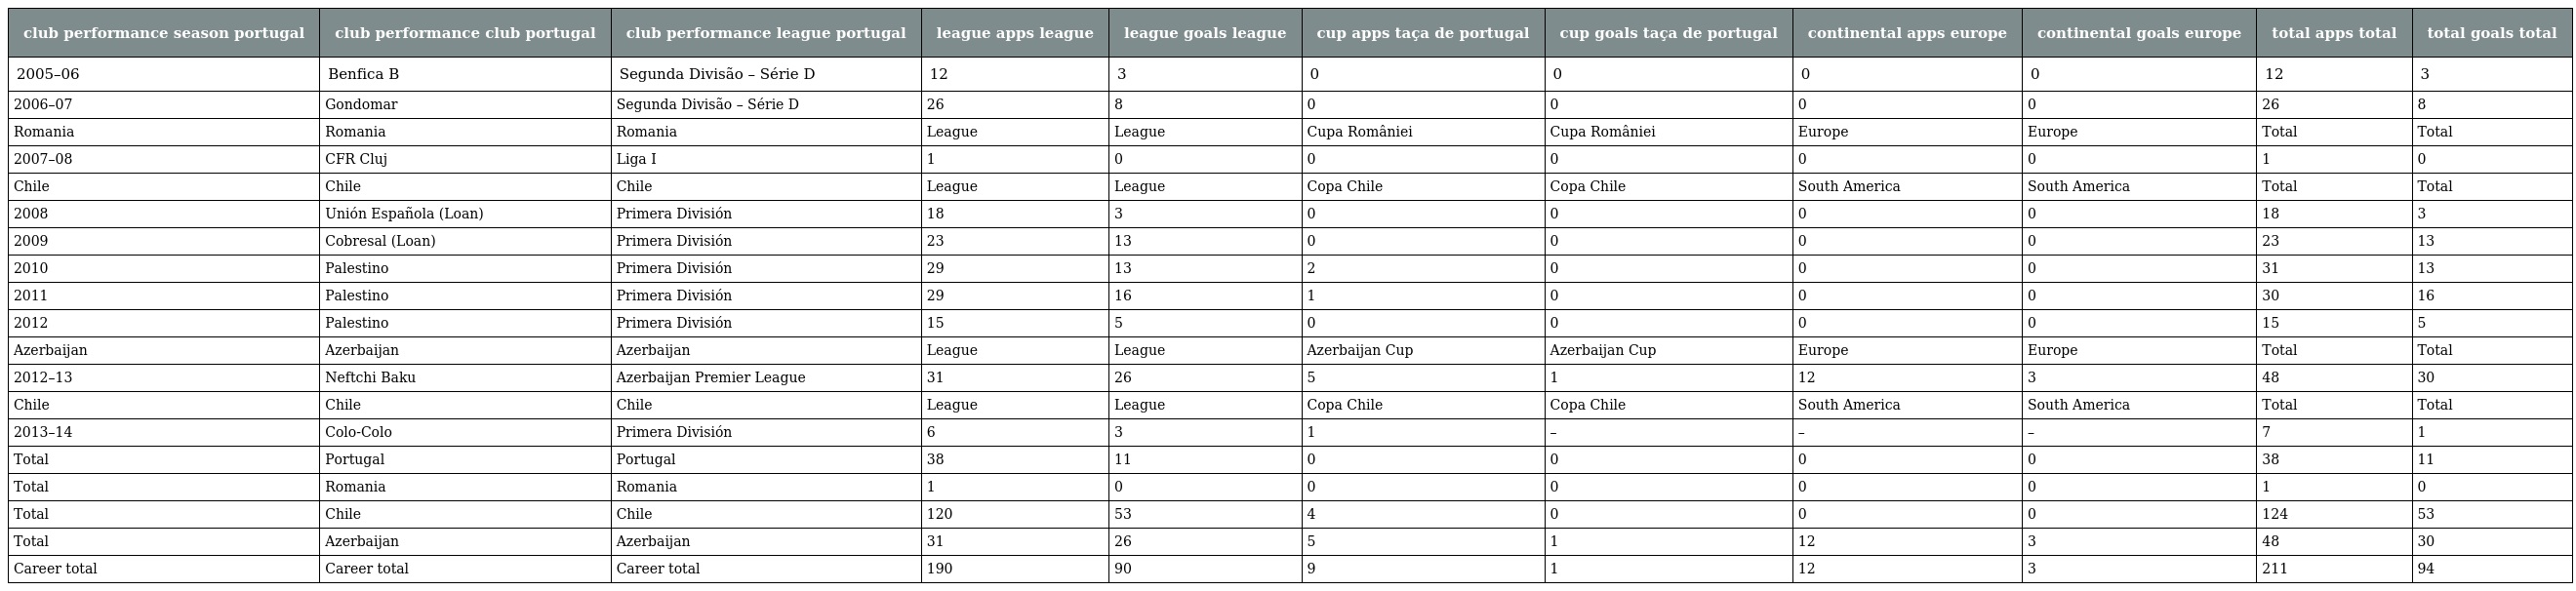
| club performance season portugal | club performance club portugal | club performance league portugal | league apps league | league goals league | cup apps taça de portugal | cup goals taça de portugal | continental apps europe | continental goals europe | total apps total | total goals total |
 | --- | --- | --- | --- | --- | --- | --- | --- | --- | --- | --- |
 | 2005–06 | Benfica B | Segunda Divisão – Série D | 12 | 3 | 0 | 0 | 0 | 0 | 12 | 3 |
 | 2006–07 | Gondomar | Segunda Divisão – Série D | 26 | 8 | 0 | 0 | 0 | 0 | 26 | 8 |
 | Romania | Romania | Romania | League | League | Cupa României | Cupa României | Europe | Europe | Total | Total |
 | 2007–08 | CFR Cluj | Liga I | 1 | 0 | 0 | 0 | 0 | 0 | 1 | 0 |
 | Chile | Chile | Chile | League | League | Copa Chile | Copa Chile | South America | South America | Total | Total |
 | 2008 | Unión Española (Loan) | Primera División | 18 | 3 | 0 | 0 | 0 | 0 | 18 | 3 |
 | 2009 | Cobresal (Loan) | Primera División | 23 | 13 | 0 | 0 | 0 | 0 | 23 | 13 |
 | 2010 | Palestino | Primera División | 29 | 13 | 2 | 0 | 0 | 0 | 31 | 13 |
 | 2011 | Palestino | Primera División | 29 | 16 | 1 | 0 | 0 | 0 | 30 | 16 |
 | 2012 | Palestino | Primera División | 15 | 5 | 0 | 0 | 0 | 0 | 15 | 5 |
 | Azerbaijan | Azerbaijan | Azerbaijan | League | League | Azerbaijan Cup | Azerbaijan Cup | Europe | Europe | Total | Total |
 | 2012–13 | Neftchi Baku | Azerbaijan Premier League | 31 | 26 | 5 | 1 | 12 | 3 | 48 | 30 |
 | Chile | Chile | Chile | League | League | Copa Chile | Copa Chile | South America | South America | Total | Total |
 | 2013–14 | Colo-Colo | Primera División | 6 | 3 | 1 | – | – | – | 7 | 1 |
 | Total | Portugal | Portugal | 38 | 11 | 0 | 0 | 0 | 0 | 38 | 11 |
 | Total | Romania | Romania | 1 | 0 | 0 | 0 | 0 | 0 | 1 | 0 |
 | Total | Chile | Chile | 120 | 53 | 4 | 0 | 0 | 0 | 124 | 53 |
 | Total | Azerbaijan | Azerbaijan | 31 | 26 | 5 | 1 | 12 | 3 | 48 | 30 |
 | Career total | Career total | Career total | 190 | 90 | 9 | 1 | 12 | 3 | 211 | 94 |